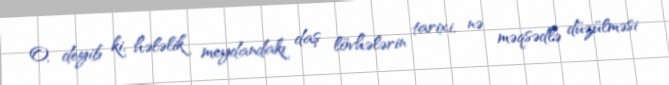
O, deyib ki, hələlik meydandakı daş lövhələrin tarixi, nə məqsədlə düzülməsi